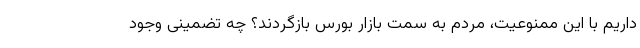
داریم با این ممنوعیت، مردم به سمت بازار بورس بازگردند؟ چه تضمینی وجود